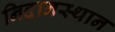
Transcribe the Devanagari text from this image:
निदानस्थान